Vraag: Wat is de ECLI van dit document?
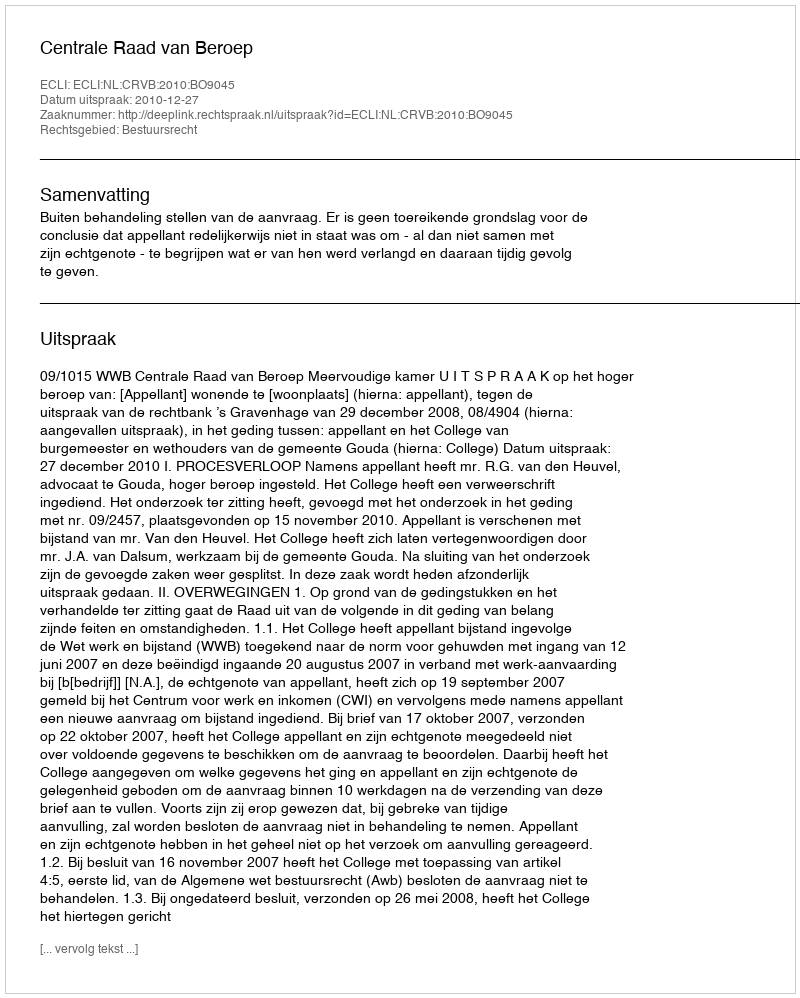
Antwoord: ECLI:NL:CRVB:2010:BO9045